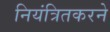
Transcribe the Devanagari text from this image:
नियंत्रितकरने